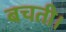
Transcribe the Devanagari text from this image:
बचती।